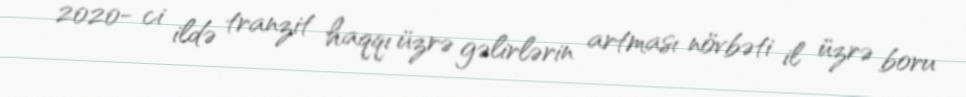
2020- ci ildə tranzit haqqı üzrə gəlirlərin artması növbəti il üzrə boru